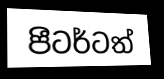
පීටර්ටත්